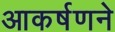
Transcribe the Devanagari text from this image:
आकर्षणने